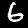
Digit: 6